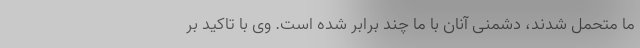
ما متحمل شدند، دشمنی آنان با ما چند برابر شده است. وی با تاکید بر